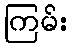
ကြမ်း